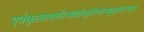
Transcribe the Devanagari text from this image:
एवंकृत्वाबलीन्सर्वान्क्षीरेणाभ्युक्ष्यवाग्यतः